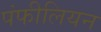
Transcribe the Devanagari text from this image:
पंफीलियन